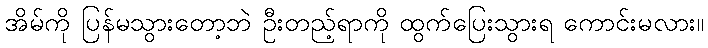
အိမ်ကို ပြန်မသွားတော့ဘဲ ဦးတည့်ရာကို ထွက်ပြေးသွားရ ကောင်းမလား။